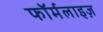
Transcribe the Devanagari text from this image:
फॉर्मलाइज़